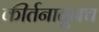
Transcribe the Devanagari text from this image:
कीर्तनातूनच